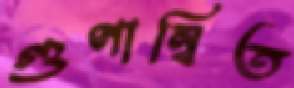
গুণান্বিত